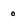
Character: 0